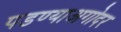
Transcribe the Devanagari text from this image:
पडण्याअगोदर